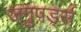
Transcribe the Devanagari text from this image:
जगुपर्ड्स